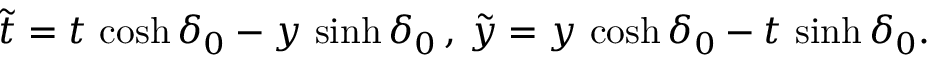
\tilde { t } = t \, \cosh \delta _ { 0 } - y \, \sinh \delta _ { 0 } \, , \, \tilde { y } = y \, \cosh \delta _ { 0 } - t \, \sinh \delta _ { 0 } .